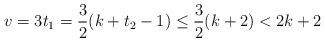
\begin{align*} v=3t_1=\frac{3}{2}(k+t_2-1) \leq \frac{3}{2}(k+2)<2k+2\end{align*}